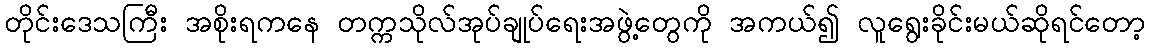
တိုင်းဒေသကြီး အစိုးရကနေ တက္ကသိုလ်အုပ်ချုပ်ရေးအဖွဲ့တွေကို အကယ်၍ လူရွေးခိုင်းမယ်ဆိုရင်တော့